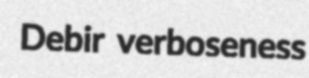
Debir verboseness